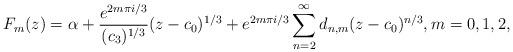
LaTeX: \begin{align*}F_{m}(z)=\alpha+\frac{e^{2m\pi i/3}}{(c_{3})^{1/3}}(z-c_{0})^{1/3}+e^{2m\pi i/3}\sum_{n=2}^{\infty}d_{n,m}(z-c_{0})^{n/3},m=0,1,2,\end{align*}